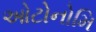
ઓટોનોમિ